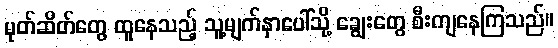
မုတ်ဆိတ်တွေ ထူနေသည့် သူ့မျက်နှာပေါ်သို့ ချွေးတွေ စီးကျနေကြသည်။